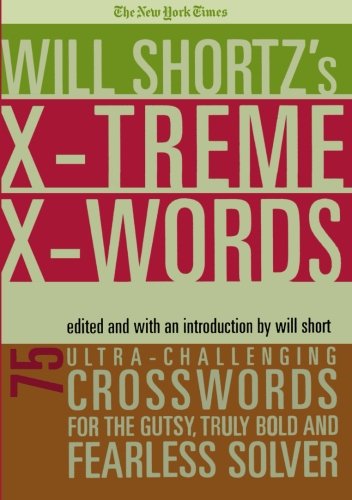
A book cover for The New York Times Will Shortz's Xtreme Xwords: 75 Ultra-Challenging Puzzles for the Gutsy, Truly Bold and Fearless Solver; The New York Times; Humor & Entertainment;